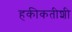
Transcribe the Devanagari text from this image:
हकीकतीशी